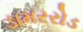
ડામરરોડ